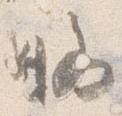
略